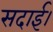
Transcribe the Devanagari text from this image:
सदाई।